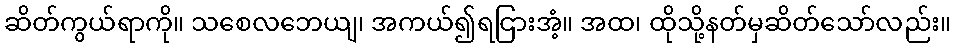
ဆိတ်ကွယ်ရာကို။ သစေလဘေယျ၊ အကယ်၍ရငြားအံ့။ အထ၊ ထိုသို့နတ်မှဆိတ်သော်လည်း။